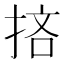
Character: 𢭹